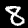
Label: 8